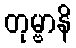
တုမ္ဗာနိ